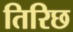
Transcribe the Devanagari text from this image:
तिरिछ